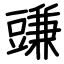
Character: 豏